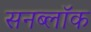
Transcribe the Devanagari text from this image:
सनब्लॉक